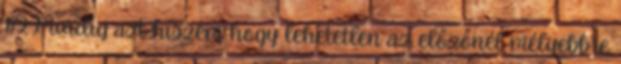
172 Mindig azt hiszem hogy lehetetlen az előzőnél mélyebbre